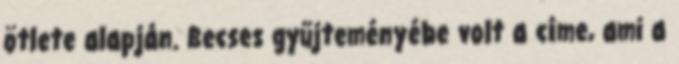
ötlete alapján. Becses gyűjteményébe volt a címe, ami a